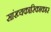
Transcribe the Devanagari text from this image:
सांख्यकारिकाकार